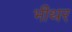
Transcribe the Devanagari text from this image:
भीथर